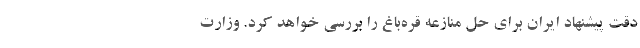
دقت پیشنهاد ایران برای حل منازعه قره‌باغ را بررسی خواهد کرد. وزارت